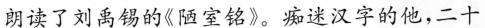
朗读了刘禹锡的《陋室铭》。痴迷汉字的他，二十